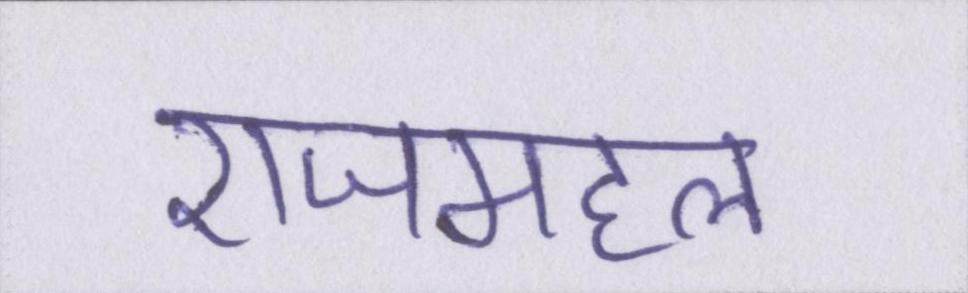
राजमहल